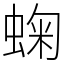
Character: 䗇